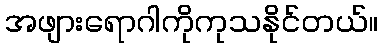
အဖျားရောဂါကိုကုသနိုင်တယ်။